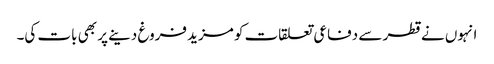
انہوں نے قطر سے دفاعی تعلقات کو مزید فروغ دینے پر بھی بات کی۔